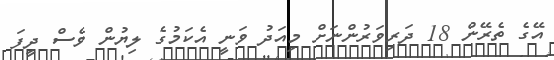
އޭގެ ތެރޭން 18 ދަރިވަރުންނަށް މިއަދު ވަނީ އެކަމުގެ ލިޔުން ވެސް ދީފަ